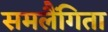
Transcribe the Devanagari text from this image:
समलैंगिता